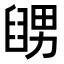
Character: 𦦊